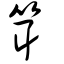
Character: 䇯